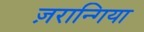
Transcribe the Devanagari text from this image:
ज़रान्गिया